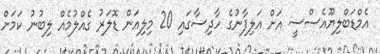
އެމްޑަބްލިޔޫއެސްސީ އަށް އަލިފާނުގެ ހާދިސާގައި 20 މިލިއަން ޑޮލަރު ގެއްލުމެއް ލިބުނު ކަމަށް